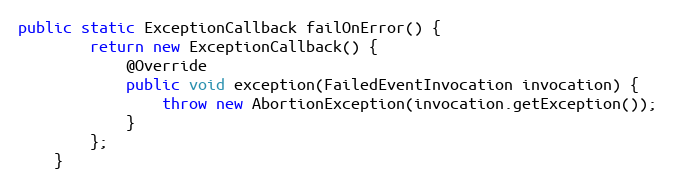
Language: Java
public static ExceptionCallback failOnError() {
        return new ExceptionCallback() {
            @Override
            public void exception(FailedEventInvocation invocation) {
                throw new AbortionException(invocation.getException());
            }
        };
    }